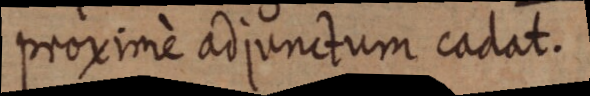
proximè adjunctum cadat.